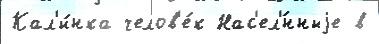
Кал'и́нка челов'е́к Нас'ел'́нныjе в